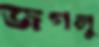
জগলু